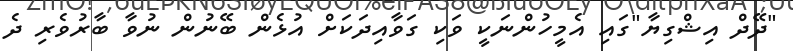
"ދޭދް އިޝްގިޔާ"ގައި އެމީހުންނަކީ ވަކި ގަވާއިދަކަށް އުޅެން ބޭނުން ނުވާ ބާރުވެރި ދެ